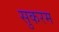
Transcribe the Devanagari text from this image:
सुकरम